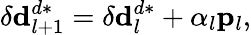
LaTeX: \delta\mathbf{d}_{l+1}^{d*}=\delta\mathbf{d}_{{l}}^{d*}+\alpha_{l}\mathbf{p}_{l},